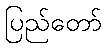
ပြည်တော်